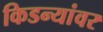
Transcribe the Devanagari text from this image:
किडन्यांवर